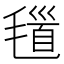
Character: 𣯐